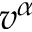
v ^ { \alpha }